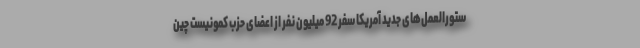
ستورالعمل‌های جدید آمریکا سفر 92 میلیون نفر از اعضای حزب کمونیست چین